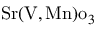
\mathrm { S r } ( \mathrm { V } , \mathrm { M n } ) { \mathrm { o } } _ { 3 }